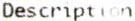
DESCRIPTION